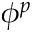
\phi ^ { p }